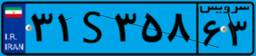
۳۱S۳۵۸۶۳